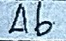
46